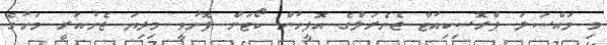
މި މައްސަލަ ޕްރޮސިކިއުޓާ ޖެނެރަލްގެ އޮފީހުން ކޯޓަށް ފޮނުވީ މިދިޔަ ޖެނުއަރީ މަހުގެ